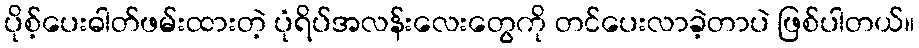
ပိုစ့်ပေးဓါတ်ဖမ်းထားတဲ့ ပုံရိပ်အလန်းလေးတွေကို တင်ပေးလာခဲ့တာပဲ ဖြစ်ပါတယ်။